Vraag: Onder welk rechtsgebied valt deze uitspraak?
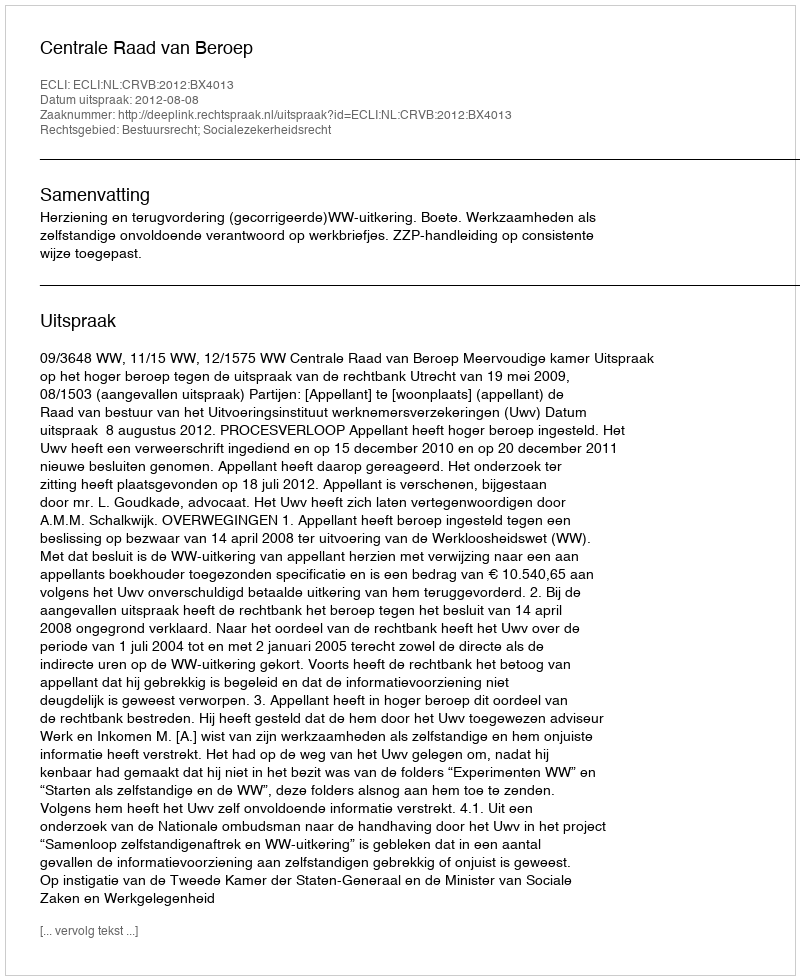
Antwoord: Bestuursrecht; Socialezekerheidsrecht